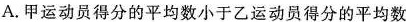
A.甲运动员得分的平均数小于乙运动员得分的平均数